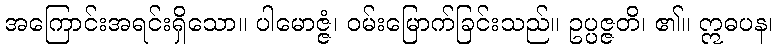
အကြောင်းအရင်းရှိသော။ ပါမောဇ္ဇံ၊ ဝမ်းမြောက်ခြင်းသည်။ ဥပ္ပဇ္ဇတိ၊ ၏။ ဣဓပန၊